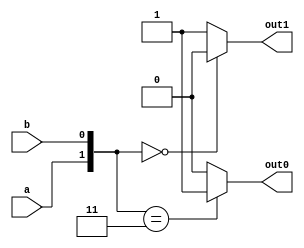
module kpg_init (
	output reg out1, out0,
	input a, b
);//00-Kill 11-Generate 01/10-Propagate
	always @*
	case ({a, b})
		2'b00: begin
			out0 = 1'b0; out1 = 1'b0;
		end
		2'b11: begin
			out0 = 1'b1; out1 = 1'b1;
		end
		default: begin 
			out0 = 1'b0; out1 = 1'b1;
		end
	endcase

endmodule

module kpg (
	input cur_bit_1, cur_bit_0, prev_bit_1, prev_bit_0,
	output reg out_bit_1, out_bit_0
);
	always @(*)
	begin
	
		if({cur_bit_1, cur_bit_0} == 2'b00)
			{out_bit_1, out_bit_0} = 2'b00;
		
		if({cur_bit_1, cur_bit_0} == 2'b11)
			{out_bit_1, out_bit_0} = 2'b11;

		if({cur_bit_1, cur_bit_0} == 2'b10)
			{out_bit_1, out_bit_0} = {prev_bit_1, prev_bit_0};

	end

endmodule

module adder(a, b, cin ,sum, cout);
	input [63:0] a, b;
	input cin;
	output reg[63:0] sum;
	output reg cout;
	wire [64:0] carry0, carry1;
	wire [64:0] carry0_1, carry1_1, carry0_2, carry1_2, carry0_4, carry1_4, carry0_8, carry1_8, carry0_16, carry1_16, carry0_32, carry1_32;

	assign carry0[0] = cin;
	assign carry1[0] = cin;

	always @(*)
	begin
		sum = a^b;
		sum = sum[63:0]^carry0_32[63:0];
		cout = carry0_32[64];	
	end 
	
	
	kpg_init init [64:1](carry1[64:1], carry0[64:1], a[63:0], b[63:0]);

	assign carry1_1[0] = cin;
	assign carry0_1[0] = cin;

	assign carry1_2[1:0] = carry1_1[1:0];
	assign carry0_2[1:0] = carry0_1[1:0];

	assign carry1_4[3:0] = carry1_2[3:0];
	assign carry0_4[3:0] = carry0_2[3:0];

	assign carry1_8[7:0] = carry1_4[7:0];
	assign carry0_8[7:0] = carry0_4[7:0];

	assign carry1_16[15:0] = carry1_8[15:0];
	assign carry0_16[15:0] = carry0_8[15:0];

	assign carry1_32[31:0] = carry1_16[31:0];
	assign carry0_32[31:0] = carry0_16[31:0];
	
	//kpg(input cur_bit_1, cur_bit_0, prev_bit_1, prev_bit_0,output reg out_bit_1, out_bit_0)
	kpg itr_1 [64:1] (carry1[64:1],   carry0[64:1], carry1[63:0], carry0[63:0], carry1_1[64:1], carry0_1[64:1]);
	kpg itr_2 [64:2] (carry1_1[64:2], carry0_1[64:2], carry1_1[62:0], carry0_1[62:0], carry1_2[64:2], carry0_2[64:2]);
	kpg itr_4 [64:4] (carry1_2[64:4], carry0_2[64:4], carry1_2[60:0], carry0_2[60:0], carry1_4[64:4], carry0_4[64:4]);
	kpg itr_8 [64:8] (carry1_4[64:8], carry0_4[64:8], carry1_4[56:0], carry0_4[56:0], carry1_8[64:8], carry0_8[64:8]);
	kpg itr_16[64:16](carry1_8[64:16], carry0_8[64:16], carry1_8[48:0], carry0_8[48:0], carry1_16[64:16], carry0_16[64:16]);
	kpg itr_32[64:32](carry1_16[64:32], carry0_16[64:32], carry1_16[32:0], carry0_16[32:0], carry1_32[64:32], carry0_32[64:32]);

endmodule

module SUB(a,b,cin,sum,cout);
input [63:0] a;
input [63:0] b;
input cin;
output reg [63:0] sum;
output reg cout;
reg [64:0] c;
integer i;
always @ (a or b or cin)
    begin
        c[0]=cin;
        if (cin == 1'b0) 
        begin
            for ( i=0; i<64 ; i=i+1)
            begin
                sum[i]= a[i]^b[i]^c[i];
                c[i+1]= (a[i]&b[i])|(a[i]&c[i])|(b[i]&c[i]);
            end
        end
    else if (cin == 1'b1) 
    begin
        for ( i=0; i<64 ; i=i+1)
        begin
            sum[i]= a[i]^(~ b[i])^c[i];
            c[i+1]= (a[i]&(~b[i]))|(a[i]&c[i])|((~b[i])&c[i]);
        end
    end
    cout=c[64];
    end
endmodule